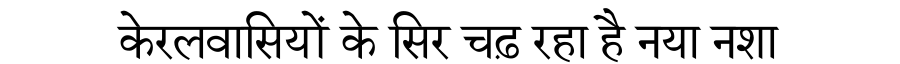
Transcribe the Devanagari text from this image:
केरलवासियों के सिर चढ़ रहा है नया नशा